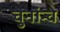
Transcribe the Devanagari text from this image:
चुनांन्चे